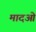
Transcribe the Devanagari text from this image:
मादओं